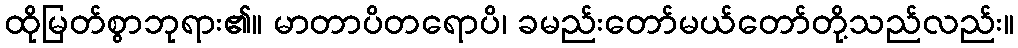
ထိုမြတ်စွာဘုရား၏။ မာတာပိတရောပိ၊ ခမည်းတော်မယ်တော်တို့သည်လည်း။